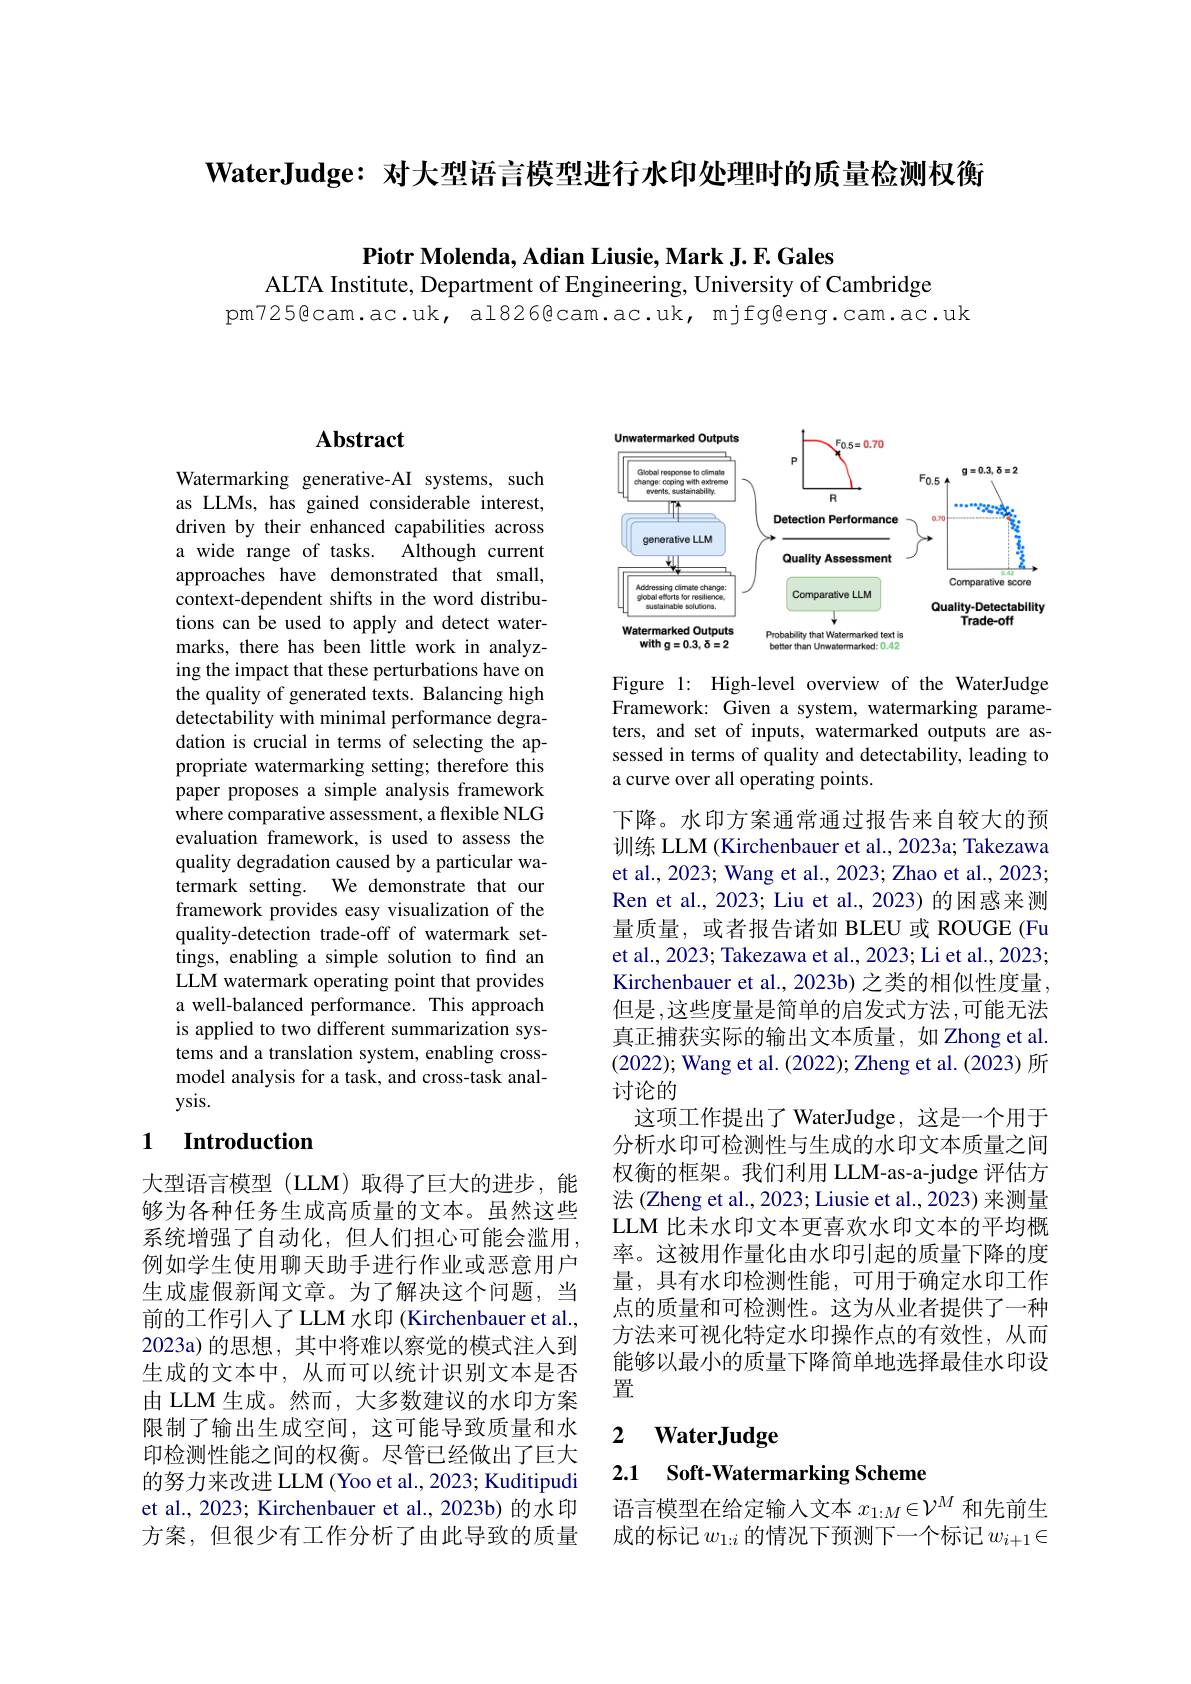
WaterJudge: 对大型语言模型进行水印处理时的质量检测权衡

Piotr Molenda, Adian Liusie, Mark J. F. Gales

ALTA Institute, Department of Engineering, University of Cambridge
pm725@cam.ac.uk, al826@cam.ac.uk, mjfg@eng.cam.ac.uk

# Abstract

Watermarking generative-AI systems, such as LLMs, has gained considerable interest, driven by their enhanced capabilities across a wide range of tasks. Although current approaches have demonstrated that small, context-dependent shifts in the word distributions can be used to apply and detect watermarks, there has been little work in analyzing the impact that these perturbations have on the quality of generated texts. Balancing high detectability with minimal performance degradation is crucial in terms of selecting the appropriate watermarking setting; therefore this paper proposes a simple analysis framework where comparative assessment, a flexible NLG evaluation framework, is used to assess the quality degradation caused by a particular watermark setting. We demonstrate that our framework provides easy visualization of the quality-detection trade-off of watermark settings, enabling a simple solution to find an LLM watermark operating point that provides a well-balanced performance. This approach is applied to two different summarization systems and a translation system, enabling crossmodel analysis for a task, and cross-task analysis.

## 1 $\textbf{Introduction}$

大型语言模型(LLM)取得了巨大的进步，能够为各种任务生成高质量的文本。虽然这些系统增强了自动化，但人们担心可能会滥用， 例如学生使用聊天助手进行作业或恶意用户生成虚假新闻文章。为了解决这个问题，当前的工作引入了 LLM 水印 (Kirchenbauer et al., 2023a)的思想，其中将难以察觉的模式注人到生成的文本中，从而可以统计识别文本是否由 LLM 生成。然而，大多数建议的水印方案限制了输出生成空间，这可能导致质量和水印检测性能之间的权衡。尽管已经做出了巨大的努力来改进 LLM (Yoo et al., 2023; Kuditipudi et al., 2023; Kirchenbauer et al., 2023b) 的水印方案，但很少有工作分析了由此导致的质量

<FigureHere>

Figure 1: High-level overview of the WaterJudge Framework: Given a system, watermarking parameters, and set of inputs, watermarked outputs are assessed in terms of quality and detectability, leading to a curve over all operating points.

下降。水印方案通常通过报告来自较大的预训练 LLM (Kirchenbauer et al., 2023a; Takezawa et al., 2023; Wang et al., 2023; Zhao et al., 2023; Ren et al., 2023; Liu et al., 2023) 的困惑来测量质量，或者报告诸如 BLEU 或 ROUGE (Fu et al., 2023; Takezawa et al., 2023; Li et al., 2023; Kirchenbauer et al., 2023b) 之类的相似性度量， 但是，这些度量是简单的启发式方法，可能无法真正捕获实际的输出文本质量，如 Zhong et al. (2022); Wang et al. (2022); Zheng et al. (2023) 所讨论的
这项工作提出了 WaterJudge, 这是一个用于分析水印可检测性与生成的水印文本质量之间权衡的框架。我们利用 LLM-as-a-judge 评估方法 (Zheng et al., 2023; Liusie et al., 2023) 来测量LLM 比未水印文本更喜欢水印文本的平均概率。这被用作量化由水印引起的质量下降的度量，具有水印检测性能，可用于确定水印工作点的质量和可检测性。这为从业者提供了一种方法来可视化特定水印操作点的有效性，从而能够以最小的质量下降简单地选择最佳水印设置

### 2 $\textbf{WaterJudge}$

# 2.1 Soft-Watermarking Scheme

语言模型在给定输入文本$x_{1:M}\in\mathcal{V}^M$和先前生成的标记$w_{1:i}$的情况下预测下一个标记$w_i+1\in$